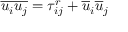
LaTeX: { \overline { { u _ { i } u _ { j } } } } = \tau _ { i j } ^ { r } + { \overline { { u } } } _ { i } { \overline { { u } } } _ { j }